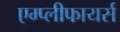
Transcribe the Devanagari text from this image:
एम्प्लीफायर्स